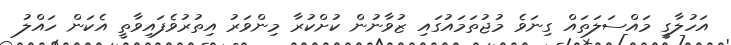
އަހުލާގީ މައްސަލަތައް ގިނަވެ މުޖުތަމައުގައި ޒުވާނުން ކުށްކުރާ މިންވަރު އިތުރުވެފައިވާތީ އެކަން ހައްލު